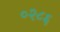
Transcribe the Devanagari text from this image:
०२८६